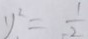
y ^ { 2 } = \frac { 1 } { 2 }